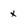
Character: X